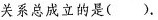
关系总成立的是（）.